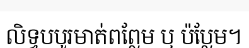
លិទ្ធបបូរមាត់ពព្លែម ឬ ប៉ប្លែម។